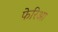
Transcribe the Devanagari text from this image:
फेरिआ